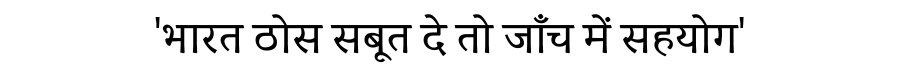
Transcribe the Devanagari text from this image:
'भारत ठोस सबूत दे तो जाँच में सहयोग'